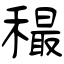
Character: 穝